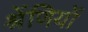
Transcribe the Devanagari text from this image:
श्रेंणियों